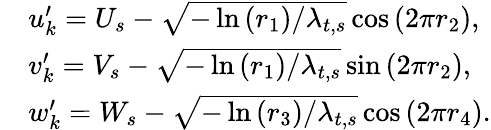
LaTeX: \begin{array}{rl}&{u_{k}^{\prime}=U_{s}-\sqrt{-\ln\left(r_{1}\right)/\lambda_{t,s}}\cos\left(2\pi r_{2}\right),}\\ &{v_{k}^{\prime}=V_{s}-\sqrt{-\ln\left(r_{1}\right)/\lambda_{t,s}}\sin\left(2\pi r_{2}\right),}\\ &{w_{k}^{\prime}=W_{s}-\sqrt{-\ln\left(r_{3}\right)/\lambda_{t,s}}\cos\left(2\pi r_{4}\right).}\end{array}